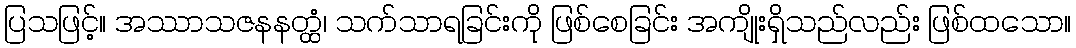
ပြသဖြင့်။ အဿာသဇနနတ္ထံ၊ သက်သာရခြင်းကို ဖြစ်စေခြင်း အကျိုးရှိသည်လည်း ဖြစ်ထသော။